Civil Veterinary Dept. North-West Frontier Province 1923-32 - 1923-1932
Year: 1923
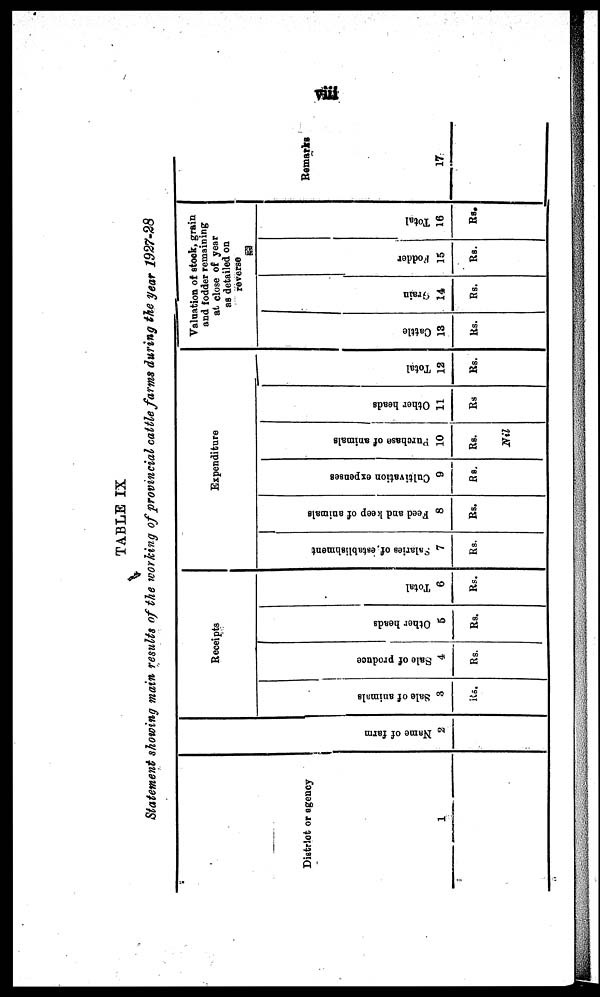
viii
TABLE IX
Statement showing main results of the working of provincial cattle farms during the year 1927-28
District or agency
1
Name of farm
2
Receipts
Sale of animals
3
Rs.
Sale of produce
4
Rs.
Other heads
5
Rs.
Total
6
Rs.
Expenditure
Salaries
of establishment
7
Rs.
Feed and keep of animals
8
Rs.
Cultivation expenses
9
Rs.
Purchase of animals
10
Rs.
Nil
Other heads
11
Rs.
Total
12
Rs.
Valuation of stock, grain
and fodder remaining
at close of year
as detailed on
reverse
Cattle
13
Rs.
Grain
14
Rs.
Fodder
15
Rs.
Total
16
Rs.
Remarks
17